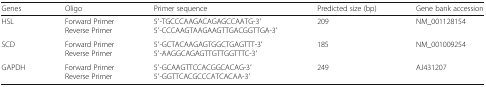
<table><thead><tr><td><b>Genes</b></td><td><b>Oligo</b></td><td><b>Primer sequence</b></td><td><b>Predicted size (bp)</b></td><td><b>Gene bank accession</b></td></tr></thead><tbody><tr><td>HSL</td><td>Forward PrimerReverse Primer</td><td>5′-TGCCCAAGACAGAGCCAATG-3′5′-CCCAAGTAAGAAGTTGACGGTTGA-3′</td><td>209</td><td>NM_001128154</td></tr><tr><td>SCD</td><td>Forward PrimerReverse Primer</td><td>5′-GCTACAAGAGTGGCTGAGTTT-3′5′-AAGGCAGAGTTGTTGGTTTC-3′</td><td>185</td><td>NM_001009254</td></tr><tr><td>GAPDH</td><td>Forward PrimerReverse Primer</td><td>5′-GCAAGTTCCACGGCACAG-3′5′-GGTTCACGCCCATCACAA-3′</td><td>249</td><td>AJ431207</td></tr></tbody></table>